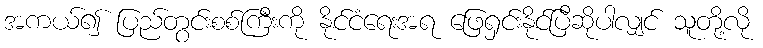
အကယ်၍ ပြည်တွင်းစစ်ကြီးကို နိုင်ငံရေးအရ ဖြေရှင်းနိုင်ပြီဆိုပါလျှင် သူတို့လို